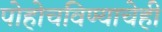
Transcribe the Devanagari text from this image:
पोहोचविण्याचेही